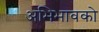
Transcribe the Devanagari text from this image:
अभिभावको